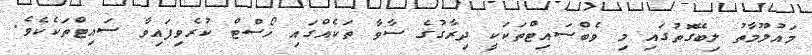
މައުލޫމާތު ލިބޭގޮތުގައި މި ވެބްސައިޓްތަކަކީ ދިރާގުގެ ސާވާ ތަކެއްގައި ހޯސްޓް ކުރެވިފައިވާ ސައިޓްތަކެކެވެ.